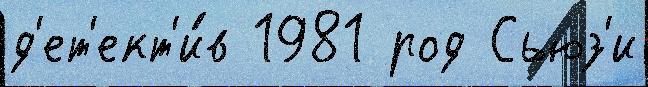
д'ет'ект'и́в 1981 род Сьюз'и